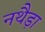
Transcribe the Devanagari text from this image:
नथैड़ा